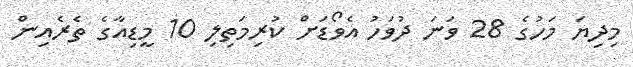
މިދިޔަ މަހުގެ 28 ވަނަ ދުވަހު އެވޯޑަށް ކުރިމަތިލި 10 މީޑިއާގެ ތެރެއިން